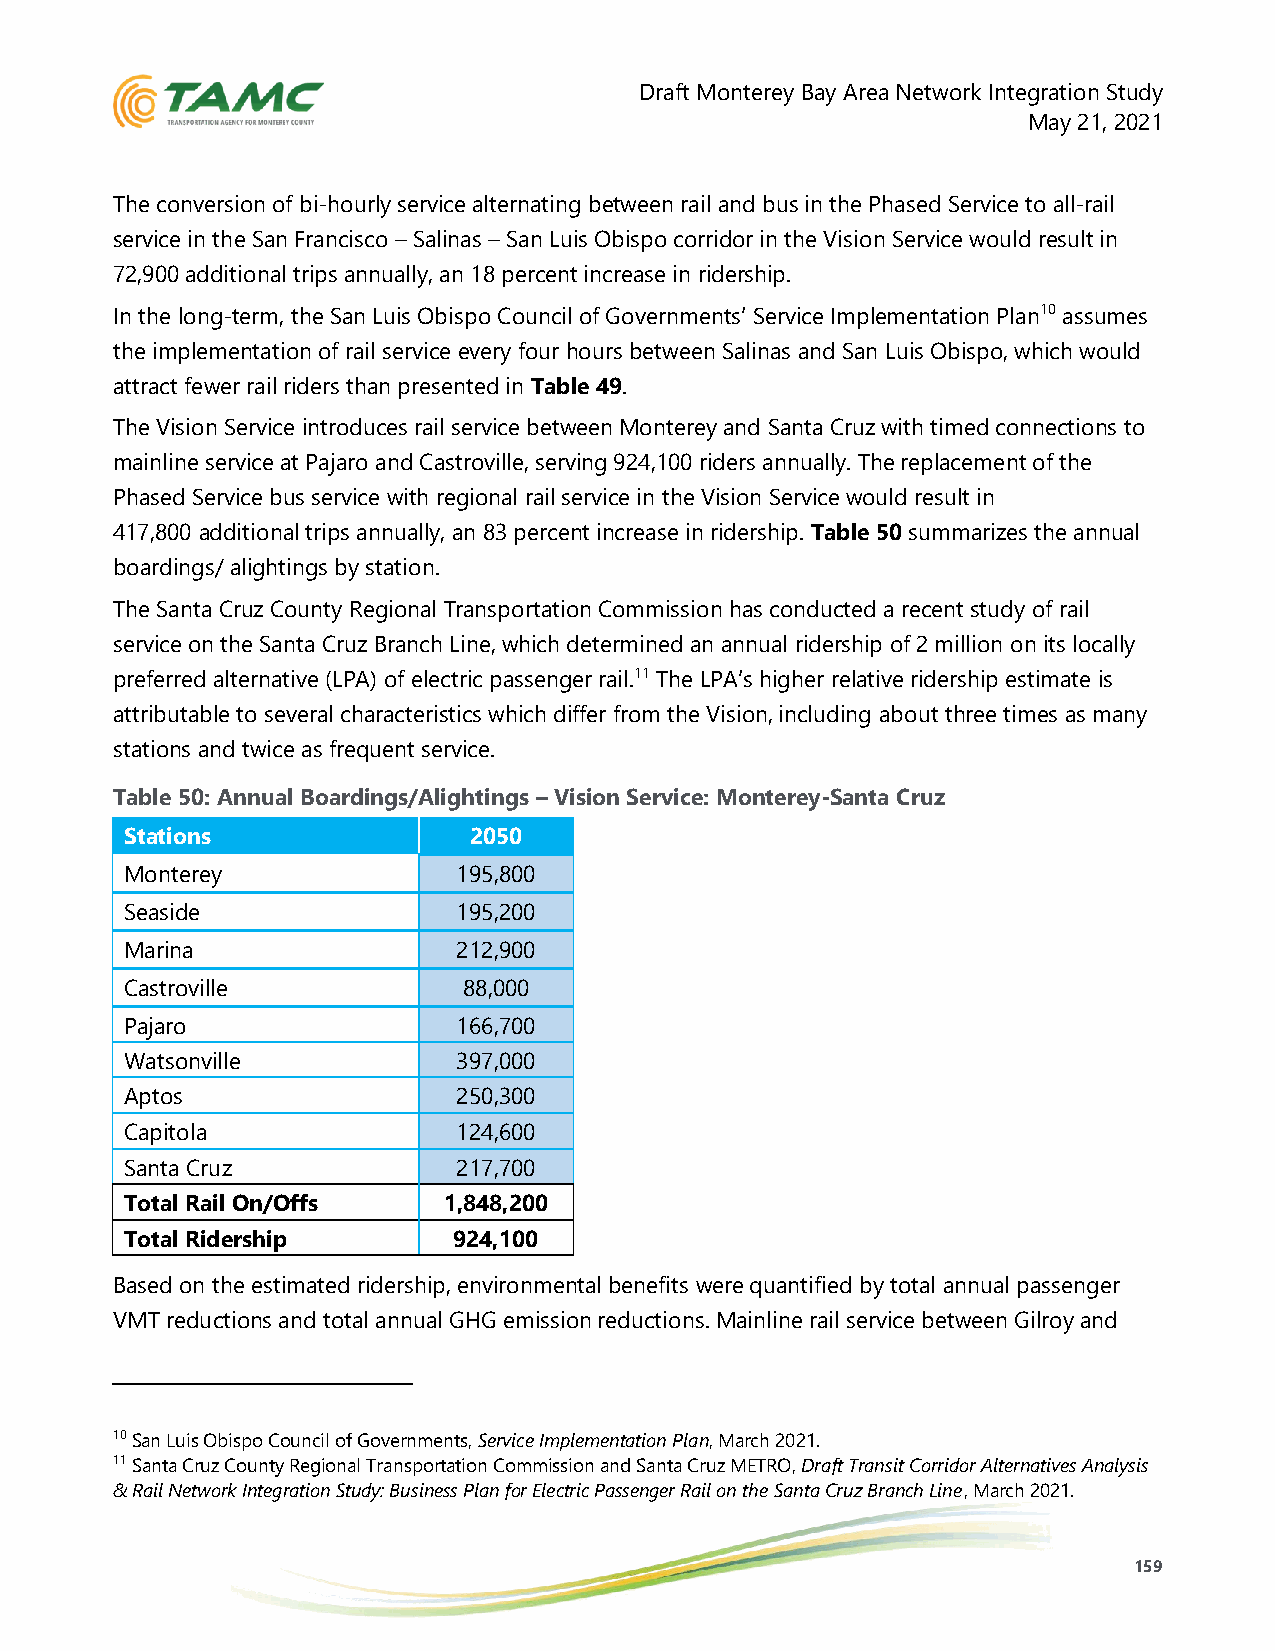
Draft Monterey Bay Area Network Integration Study
 May 21, 2021
 The conversion of bi-hourly service alternating between rail and bus in the Phased Service to all-rail
 service in the San Francisco – Salinas – San Luis Obispo corridor in the Vision Service would result in
 72,900 additional trips annually, an 18 percent increase in ridership.
 In the long-term, the San Luis Obispo Council of Governments’ Service Implementation Plan10 assumes
 the implementation of rail service every four hours between Salinas and San Luis Obispo, which would
 attract fewer rail riders than presented in Table 49.
 The Vision Service introduces rail service between Monterey and Santa Cruz with timed connections to
 mainline service at Pajaro and Castroville, serving 924,100 riders annually. The replacement of the
 Phased Service bus service with regional rail service in the Vision Service would result in
 417,800 additional trips annually, an 83 percent increase in ridership. Table 50 summarizes the annual
 boardings/ alightings by station.
 The Santa Cruz County Regional Transportation Commission has conducted a recent study of rail
 service on the Santa Cruz Branch Line, which determined an annual ridership of 2 million on its locally
 preferred alternative (LPA) of electric passenger rail.11 The LPA’s higher relative ridership estimate is
 attributable to several characteristics which differ from the Vision, including about three times as many
 stations and twice as frequent service.
 Table 50: Annual Boardings/Alightings – Vision Service: Monterey-Santa Cruz
 Stations               2050
 Monterey              195,800
 Seaside               195,200
 Marina                212,900
 Castroville            88,000
 Pajaro                166,700
 Watsonville           397,000
 Aptos                 250,300
 Capitola              124,600
 Santa Cruz            217,700
 Total Rail On/Offs   1,848,200
 Total Ridership       924,100
 Based on the estimated ridership, environmental benefits were quantified by total annual passenger
 VMT reductions and total annual GHG emission reductions. Mainline rail service between Gilroy and
 10 San Luis Obispo Council of Governments, Service Implementation Plan, March 2021.
 11 Santa Cruz County Regional Transportation Commission and Santa Cruz METRO, Draft Transit Corridor Alternatives Analysis
 & Rail Network Integration Study: Business Plan for Electric Passenger Rail on the Santa Cruz Branch Line, March 2021.
 159